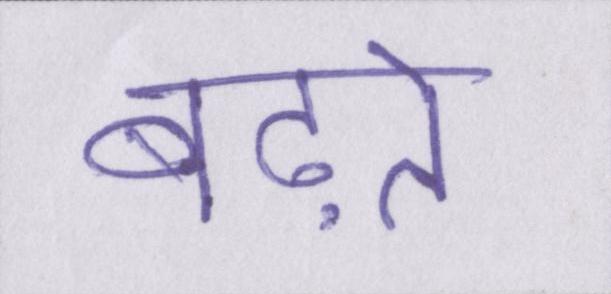
बढ़ते